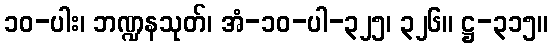
၁၀-ပါး၊ ဘဏ္ဍနသုတ်၊ အံ-၁၀-ပါ-၃၂၅၊ ၃၂၆။ ဋ္ဌ-၃၁၅။